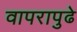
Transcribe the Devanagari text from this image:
वापरापुढे